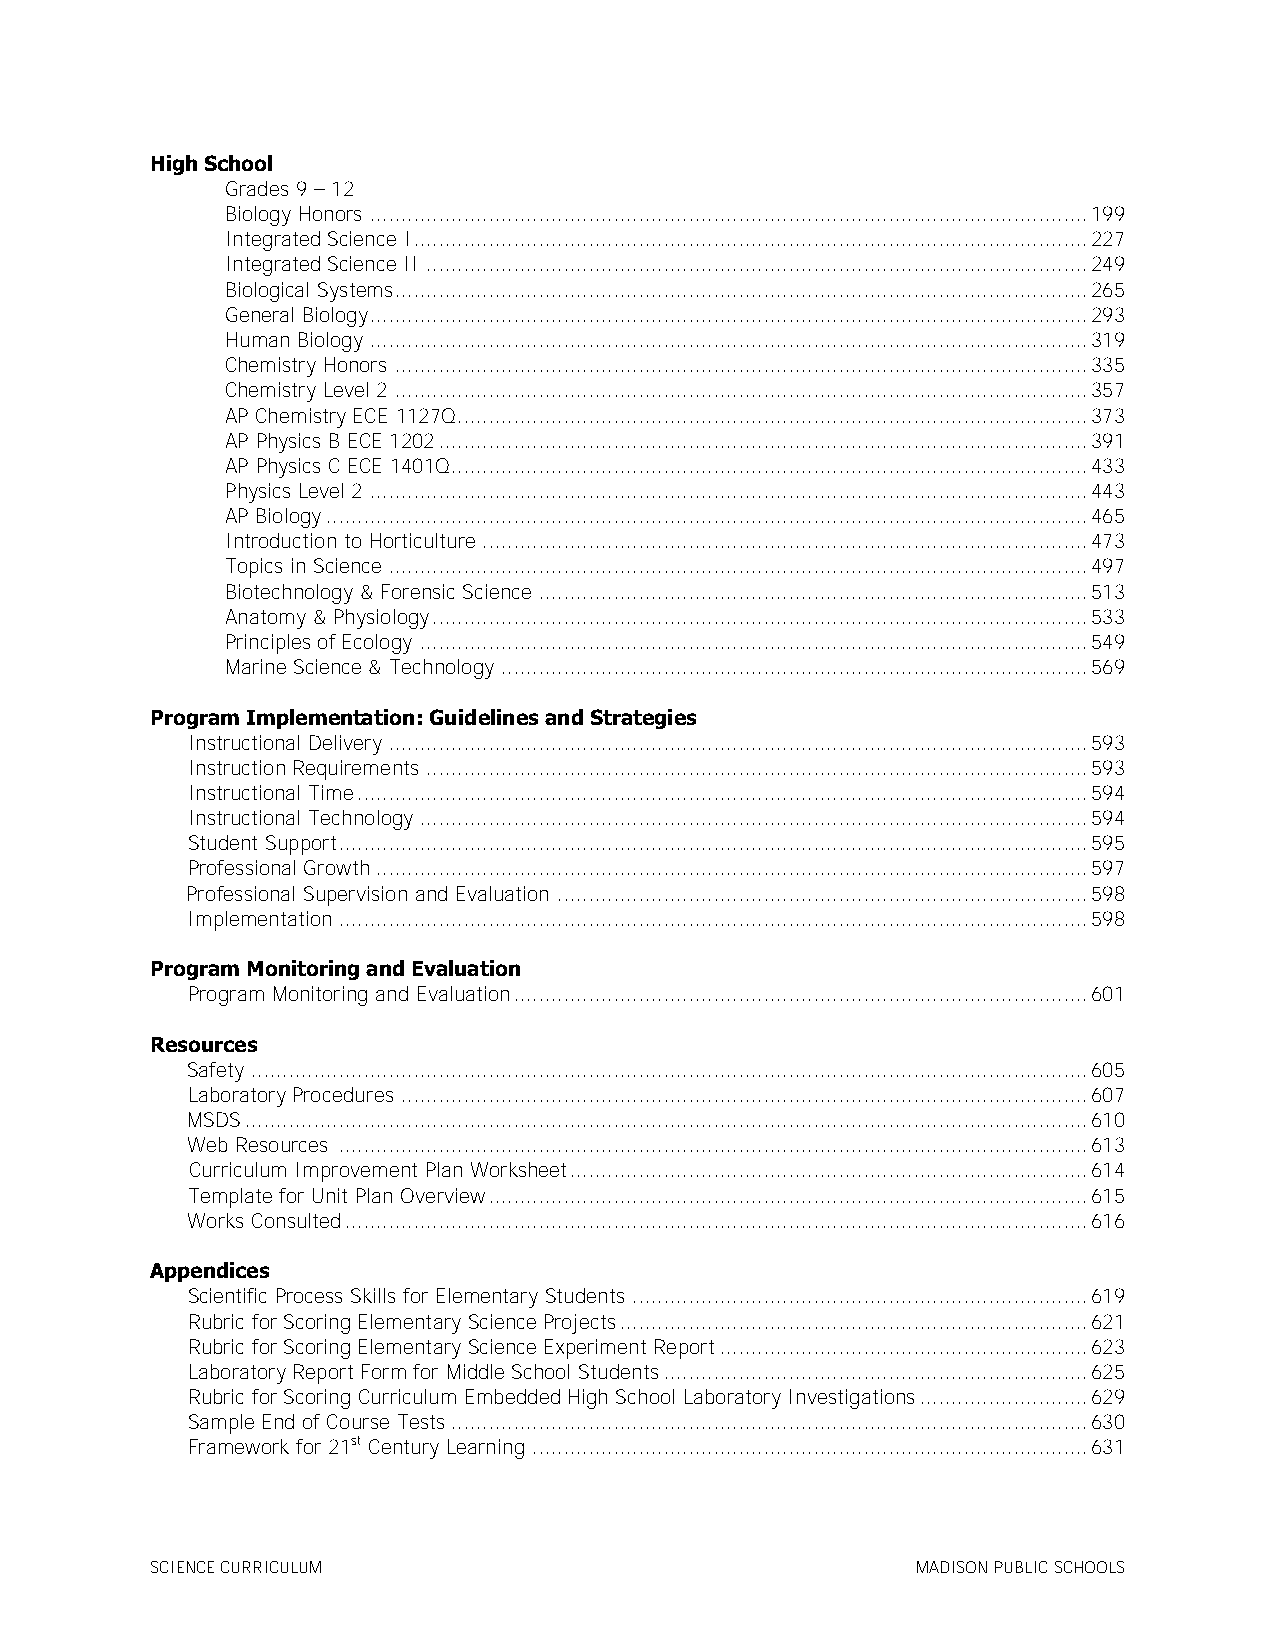
High School
 Grades 9 – 12
 Biology Honors ................................................................................................................... 199
 Integrated Science I ............................................................................................................ 227
 Integrated Science II .......................................................................................................... 249
 Biological Systems ............................................................................................................... 265
 General Biology ................................................................................................................... 293
 Human Biology ................................................................................................................... 319
 Chemistry Honors ............................................................................................................... 335
 Chemistry Level 2 ............................................................................................................... 357
 AP Chemistry ECE 1127Q..................................................................................................... 373
 AP Physics B ECE 1202 ........................................................................................................ 391
 AP Physics C ECE 1401Q...................................................................................................... 433
 Physics Level 2 ................................................................................................................... 443
 AP Biology .......................................................................................................................... 465
 Introduction to Horticulture ................................................................................................. 473
 Topics in Science ................................................................................................................ 497
 Biotechnology & Forensic Science ........................................................................................ 513
 Anatomy & Physiology ......................................................................................................... 533
 Principles of Ecology ........................................................................................................... 549
 Marine Science & Technology .............................................................................................. 569
 Program Implementation: Guidelines and Strategies
 Instructional Delivery ................................................................................................................ 593
 Instruction Requirements .......................................................................................................... 593
 Instructional Time ..................................................................................................................... 594
 Instructional Technology ........................................................................................................... 594
 Student Support ........................................................................................................................ 595
 Professional Growth .................................................................................................................. 597
 Professional Supervision and Evaluation ..................................................................................... 598
 Implementation ........................................................................................................................ 598
 Program Monitoring and Evaluation
 Program Monitoring and Evaluation ............................................................................................ 601
 Resources
 Safety ...................................................................................................................................... 605
 Laboratory Procedures .............................................................................................................. 607
 MSDS ....................................................................................................................................... 610
 Web Resources ........................................................................................................................ 613
 Curriculum Improvement Plan Worksheet ................................................................................... 614
 Template for Unit Plan Overview ................................................................................................ 615
 Works Consulted ....................................................................................................................... 616
 Appendices
 Scientific Process Skills for Elementary Students ......................................................................... 619
 Rubric for Scoring Elementary Science Projects ........................................................................... 621
 Rubric for Scoring Elementary Science Experiment Report ........................................................... 623
 Laboratory Report Form for Middle School Students .................................................................... 625
 Rubric for Scoring Curriculum Embedded High School Laboratory Investigations ........................... 629
 Sample End of Course Tests ...................................................................................................... 630
 Framework for 21st Century Learning ......................................................................................... 631
 SCIENCE CURRICULUM                                 MADISON PUBLIC SCHOOLS